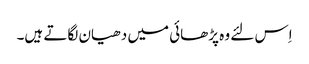
اِس لئے وہ پڑھائی میں دھیان لگاتے ہیں۔